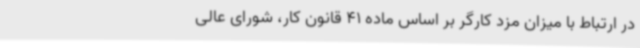
در ارتباط با میزان مزد کارگر بر اساس ماده 41 قانون کار، شورای عالی